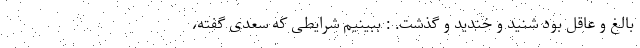
بالغ و عاقل بود شنید و خندید و گذشت. : ببینیم شرایطی که سعدی گفته،‌